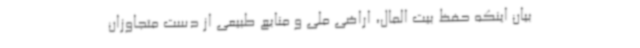
بیان اینکه حفظ بیت المال، اراضی ملی و منابع طبیعی از دست متجاوزان